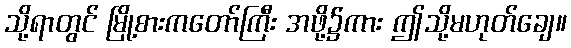
သို့ရာတွင် မြို့စားကတော်ကြီး အဖို့၌ကား ဤသို့မဟုတ်ချေ။